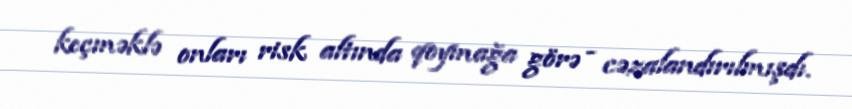
keçməklə onları risk altında qoymağa görə - cəzalandırılmışdı.